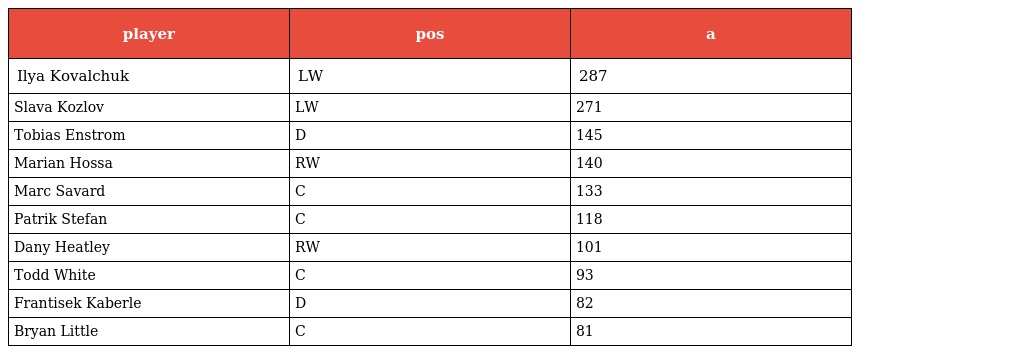
| player | pos | a |
 | --- | --- | --- |
 | Ilya Kovalchuk | LW | 287 |
 | Slava Kozlov | LW | 271 |
 | Tobias Enstrom | D | 145 |
 | Marian Hossa | RW | 140 |
 | Marc Savard | C | 133 |
 | Patrik Stefan | C | 118 |
 | Dany Heatley | RW | 101 |
 | Todd White | C | 93 |
 | Frantisek Kaberle | D | 82 |
 | Bryan Little | C | 81 |